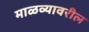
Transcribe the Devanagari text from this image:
माळव्यावरील